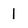
Character: 1